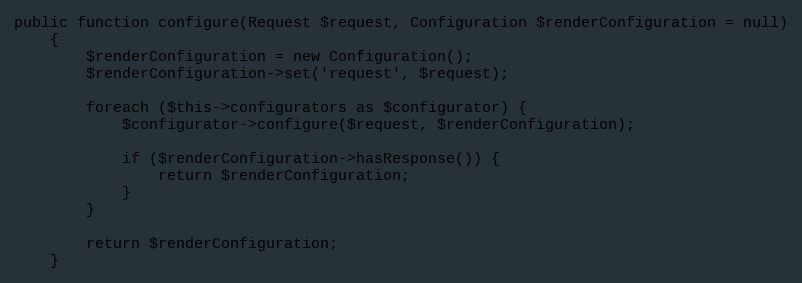
Language: PHP
public function configure(Request $request, Configuration $renderConfiguration = null)
    {
        $renderConfiguration = new Configuration();
        $renderConfiguration->set('request', $request);

        foreach ($this->configurators as $configurator) {
            $configurator->configure($request, $renderConfiguration);

            if ($renderConfiguration->hasResponse()) {
                return $renderConfiguration;
            }
        }

        return $renderConfiguration;
    }